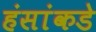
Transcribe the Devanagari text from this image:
हंसांकडे